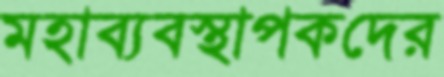
মহাব্যবস্থাপকদের